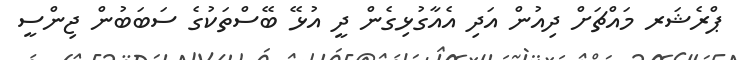
ޕްރެޝަރ މައްޗަށް ދިއުން އަދި އެއާގުޅިގެން ދީ އުޅޭ ބޭސްތަކުގެ ސަބަބުން ޖިންސީ